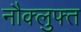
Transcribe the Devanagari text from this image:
नौक्लुफ्त